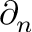
\partial _ { n }